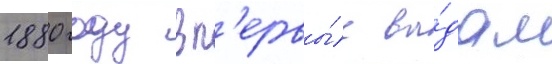
1880 году вп'ервы́е вы́дал